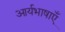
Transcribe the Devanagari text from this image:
आर्यभाषाएँ